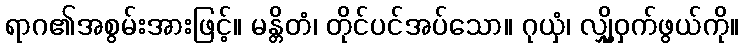
ရာဂ၏အစွမ်းအားဖြင့်။ မန္တိတံ၊ တိုင်ပင်အပ်သော။ ဂုယှံ၊ လျှို့ဝှက်ဖွယ်ကို။